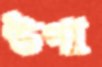
উপা